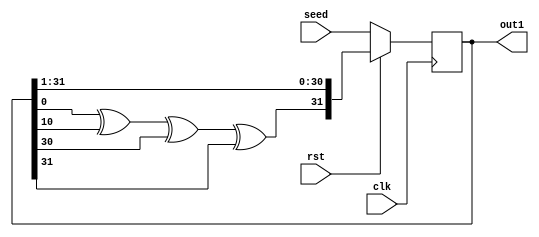
`timescale 1ns / 1ps
//////////////////////////////////////////////////////////////////////////////////
// Company: 
// Engineer: 
// 
// Design Name: 
// Module Name: LFSR
// Project Name: 
// Target Devices: 
// Tool Versions: 
// Description: 
// 
// Dependencies: 
// 
// Revision:
// Revision 0.01 - File Created
// Additional Comments:
// 
//////////////////////////////////////////////////////////////////////////////////

(*dont_touch="true"*)
module LFSR(clk, rst, seed, out1);
    input clk,rst;
    input [1:32]seed;
    output [1:32]out1;
    reg [1:32]lfsr;
    wire feedback;
    assign feedback=lfsr[32]^lfsr[22]^lfsr[2]^lfsr[1];
    assign out1=lfsr;
    always @(posedge clk)begin
        if(rst==1'b0)begin
            lfsr<=seed;
        end
        else begin
            lfsr<={feedback,lfsr[1:31]};
        end
    end
endmodule